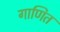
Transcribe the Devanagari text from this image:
गाणित